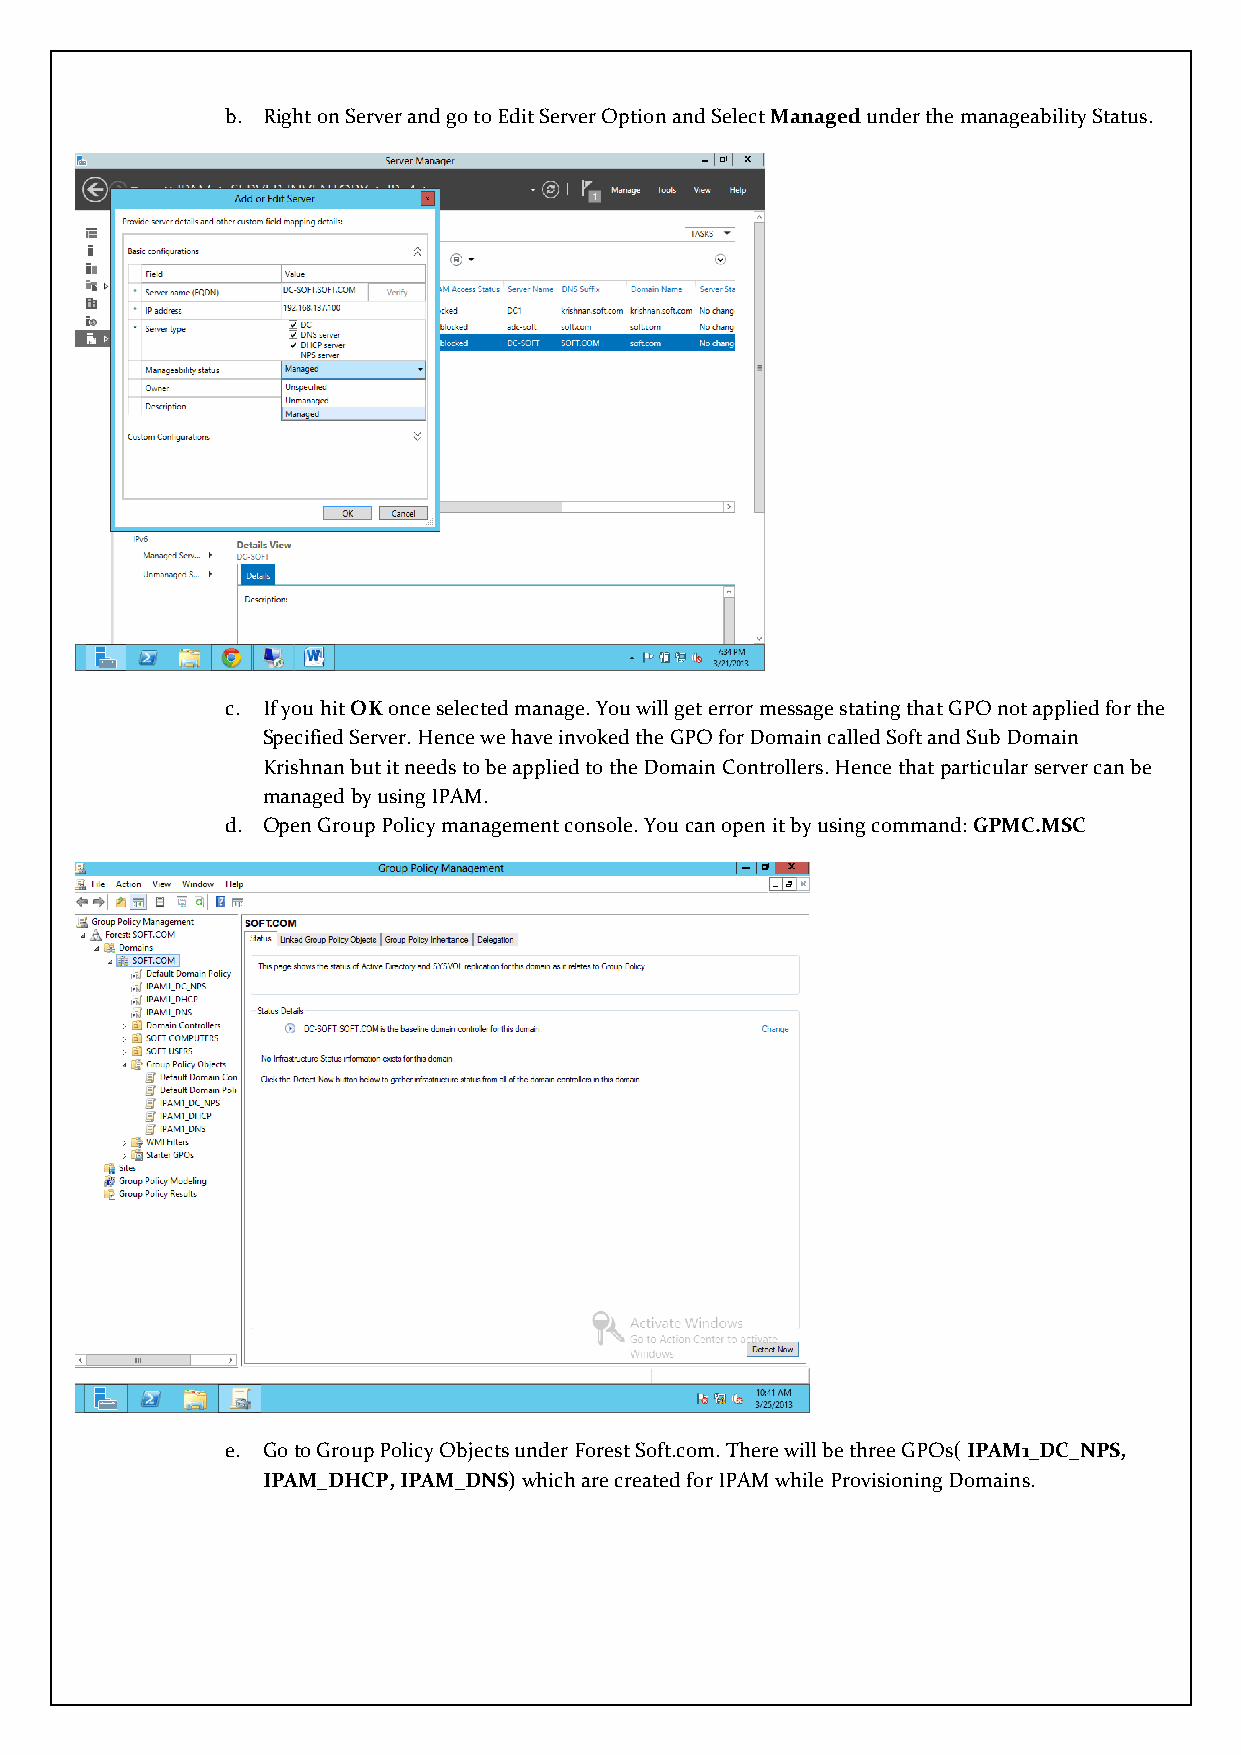
b. Right on Server and go to Edit Server Option and Select Managed under the manageability Status.
 c. If you hit OK once selected manage. You will get error message stating that GPO not applied for the
 Specified Server. Hence we have invoked the GPO for Domain called Soft and Sub Domain
 Krishnan but it needs to be applied to the Domain Controllers. Hence that particular server can be
 managed by using IPAM.
 d. Open Group Policy management console. You can open it by using command: GPMC.MSC
 e. Go to Group Policy Objects under Forest Soft.com. There will be three GPOs( IPAM1_DC_NPS,
 IPAM_DHCP, IPAM_DNS) which are created for IPAM while Provisioning Domains.